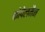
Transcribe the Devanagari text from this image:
कोपेलमैन